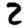
Digit: 2